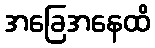
အခြေအနေထိ